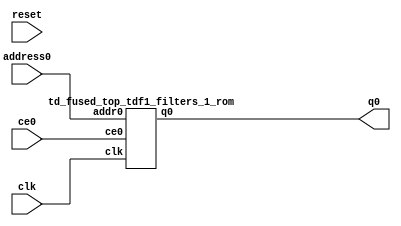
`define EXPONENT 5
`define MANTISSA 10
`define ACTUAL_MANTISSA 11
`define EXPONENT_LSB 10
`define EXPONENT_MSB 14
`define MANTISSA_LSB 0
`define MANTISSA_MSB 9
`define MANTISSA_MUL_SPLIT_LSB 3
`define MANTISSA_MUL_SPLIT_MSB 9
`define SIGN 1
`define SIGN_LOC 15
`define DWIDTH (`SIGN+`EXPONENT+`MANTISSA)
`define IEEE_COMPLIANCE 1

module td_fused_top_tdf1_filters_1(
    reset,
    clk,
    address0,
    ce0,
    q0);

parameter DataWidth = 32'd16;
parameter AddressRange = 32'd108;
parameter AddressWidth = 32'd7;
input reset;
input clk;
input[AddressWidth - 1:0] address0;
input ce0;
output[DataWidth - 1:0] q0;



td_fused_top_tdf1_filters_1_rom td_fused_top_tdf1_filters_1_rom_U(
    .clk( clk ),
    .addr0( address0 ),
    .ce0( ce0 ),
    .q0( q0 )
);

endmodule
  module td_fused_top_tdf1_filters_1_rom (
addr0, ce0, q0, clk);

parameter DWIDTH = 16;
parameter AWIDTH = 7;
parameter MEM_SIZE = 108;

input[AWIDTH-1:0] addr0;
input ce0;
output reg[DWIDTH-1:0] q0;
input clk;

 reg [DWIDTH-1:0] ram[MEM_SIZE-1:0];

//initial begin
//    $readmemh("./td_fused_top_tdf1_filters_1_rom.dat", ram);
//end



always @(posedge clk)  
begin 
    if (ce0) 
    begin
        q0 <= ram[addr0];
    end
end



endmodule